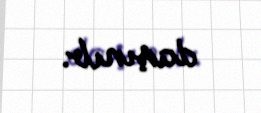
daşınıb.